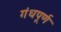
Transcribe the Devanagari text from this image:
गंधपूर्ण